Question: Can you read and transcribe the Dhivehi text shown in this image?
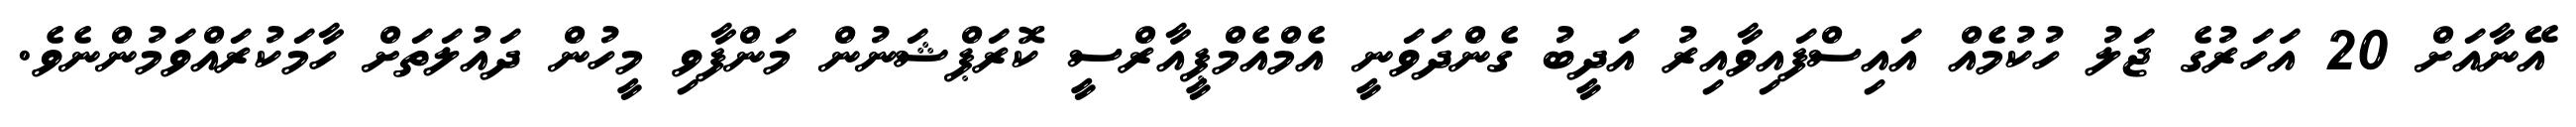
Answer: އޭނާއަށް 20 އަހަރުގެ ޖަލު ހުކުމެއް އައިސްފައިވާއިރު އަދީބު ގެންދަވަނީ އެމްއެމްޕީއާރްސީ ކޮރަޕްޝަނުން މަންފާވި މީހުން ދައުލަތަށް ހާމަކުރައްވަމުންނެވެ.